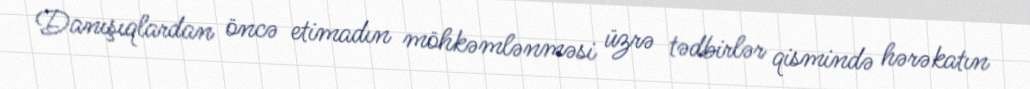
Danışıqlardan öncə etimadın möhkəmlənməsi üzrə tədbirlər qismində hərəkatın